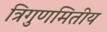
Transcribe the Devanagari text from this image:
त्रिगुणमितीय